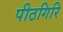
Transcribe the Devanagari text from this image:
पीठगिरि